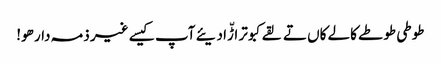
طوطی طوطے کالے کاں تے لقے کبوتر اڑّا دیئے آپ کیسے غیر ذمہ دار ھو!